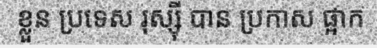
ខ្លួន ប្រទេស រុស្ស៊ី បាន ប្រកាស ផ្អាក